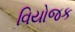
વિયોજક